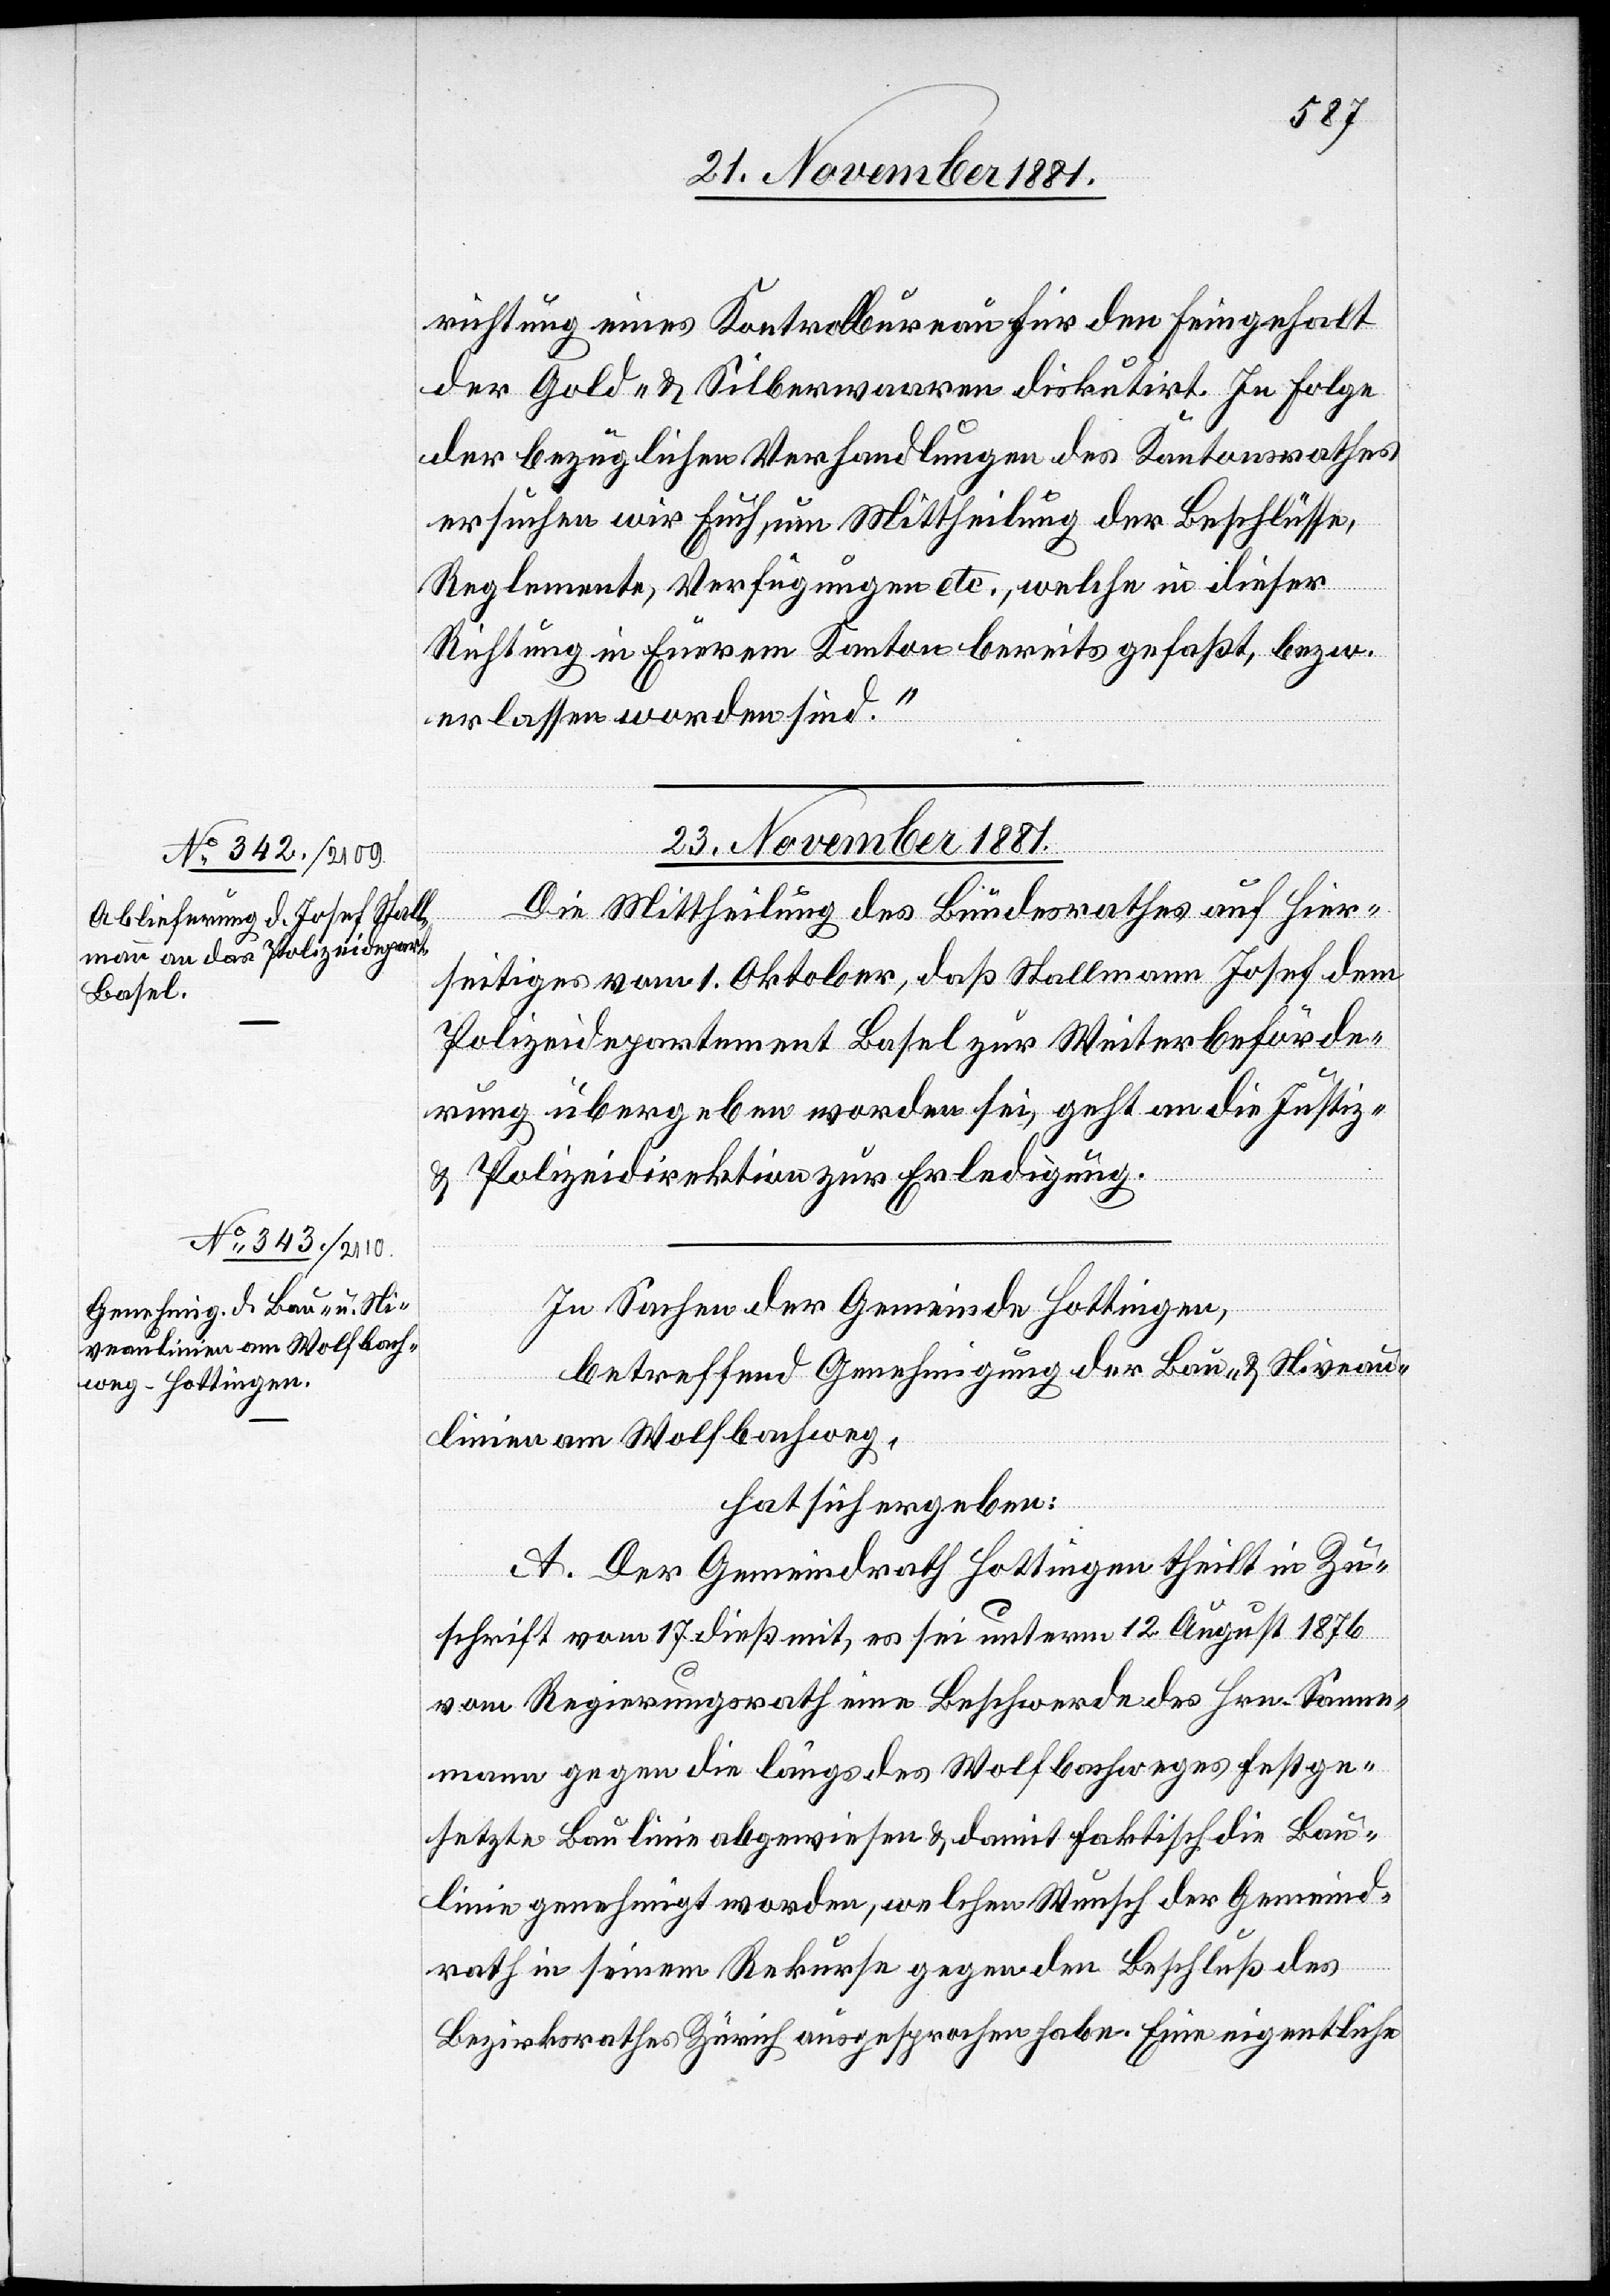
richtung eines Kontrolbureau für den Feingehalt
der Gold- & Silberwaaren diskutirt. In Folge
der bezüglichen Verhandlungen des Kantonsrathes
ersuchen wir Euch, um Mittheilung der Beschlüsse,
Reglemente, Verfügungen etc., welche in dieser
Richtung in Euerem Kanton bereits gefaßt, bezw.
erlassen worden sind.“
23. November 1881.]
Die Mittheilung des Bundesrathes auf hier¬
seitiges vom 1. Oktober, daß Stallmann Josef dem
Polizeidepartement Basel zur Weiterbeförde¬
rung übergeben worden sei, geht an die Justiz-
& Polizeidirektion zur Erledigung.
In Sachen der Gemeinde Hottingen,
betreffend Genehmigung der Bau- & Niveau¬
linien am Wolfbachweg,
hat sich ergeben:
A. Der Gemeindrath Hottingen theilt in Zu¬
schrift vom 17. dieß. mit, es sei unterm 12. August 1876
vom Regierungsrath eine Beschwerde des Hrn. Sonnen¬
mann gegen die längs des Wolfbachweges festge¬
setzte Baulinie abgewiesen & damit faktisch die Bau¬
linie genehmigt worden, welchen Wunsch der Gemeind¬
rath in seinem Rekurse gegen den Beschluß des
Bezirksrathes Zürich ausgesprochen habe. Eine eigentliche